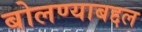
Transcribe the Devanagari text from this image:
बोलण्याबद्दल